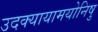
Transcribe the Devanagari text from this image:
उदक्यायामयोनिषु